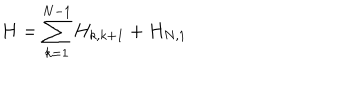
LaTeX: H = \sum _ { k = 1 } ^ { N - 1 } H _ { k , k + 1 } + H _ { N , 1 }